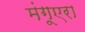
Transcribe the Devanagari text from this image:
मंगूएरा